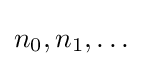
n_{0},n_{1},\dots